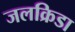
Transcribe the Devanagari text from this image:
जलक्रिडा